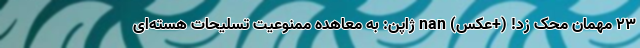
23 مهمان محک زد! (+عکس) nan ژاپن: به معاهده ممنوعیت تسلیحات هسته‌ای